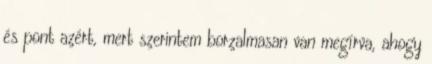
és pont azért, mert szerintem borzalmasan van megírva, ahogy